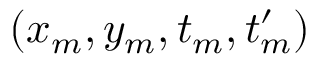
( x _ { m } , y _ { m } , t _ { m } , t _ { m } ^ { \prime } )